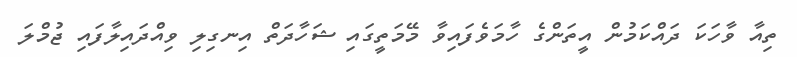
ތިއާ ވާހަކަ ދައްކަމުން އީތަންގެ ހާމަވެފައިވާ މޭމަތީގައި ޝަހާދަތް އިނގިލި ވިއްދައިލާފައި ޖުމްލަ